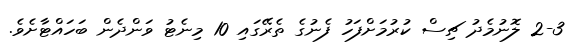
2-3 ލޮނުމެދު ޗިސް ކުރުމަށްފަހު ފެނުގެ ތެރޭގައި 10 މިނެޓު ވަންދެން ބަހައްޓާށެވެ.